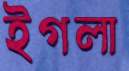
ইগলা